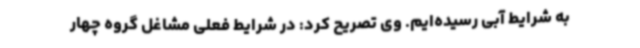
به شرایط آبی رسیده‌ایم. وی تصریح کرد: در شرایط فعلی مشاغل گروه چهار